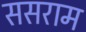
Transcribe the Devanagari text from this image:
ससराम